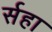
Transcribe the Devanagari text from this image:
र्सहा